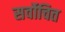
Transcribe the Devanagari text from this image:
सर्वोचित